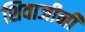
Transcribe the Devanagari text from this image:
शिवाजीनी